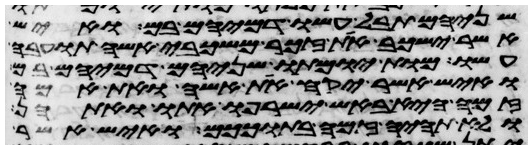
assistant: שניהם תבל עשו דמיהם בם ואיש
אשר ישכב את זכר משכבי אשה תועבה
עשו מות יומתו שניהם דמיהם בם
ואיש אשר יקח את אשה ואת אמה
זמה היא באש ישרפו אתו ואתהן
ולא תהיה זמה בתוככם ואיש אשר